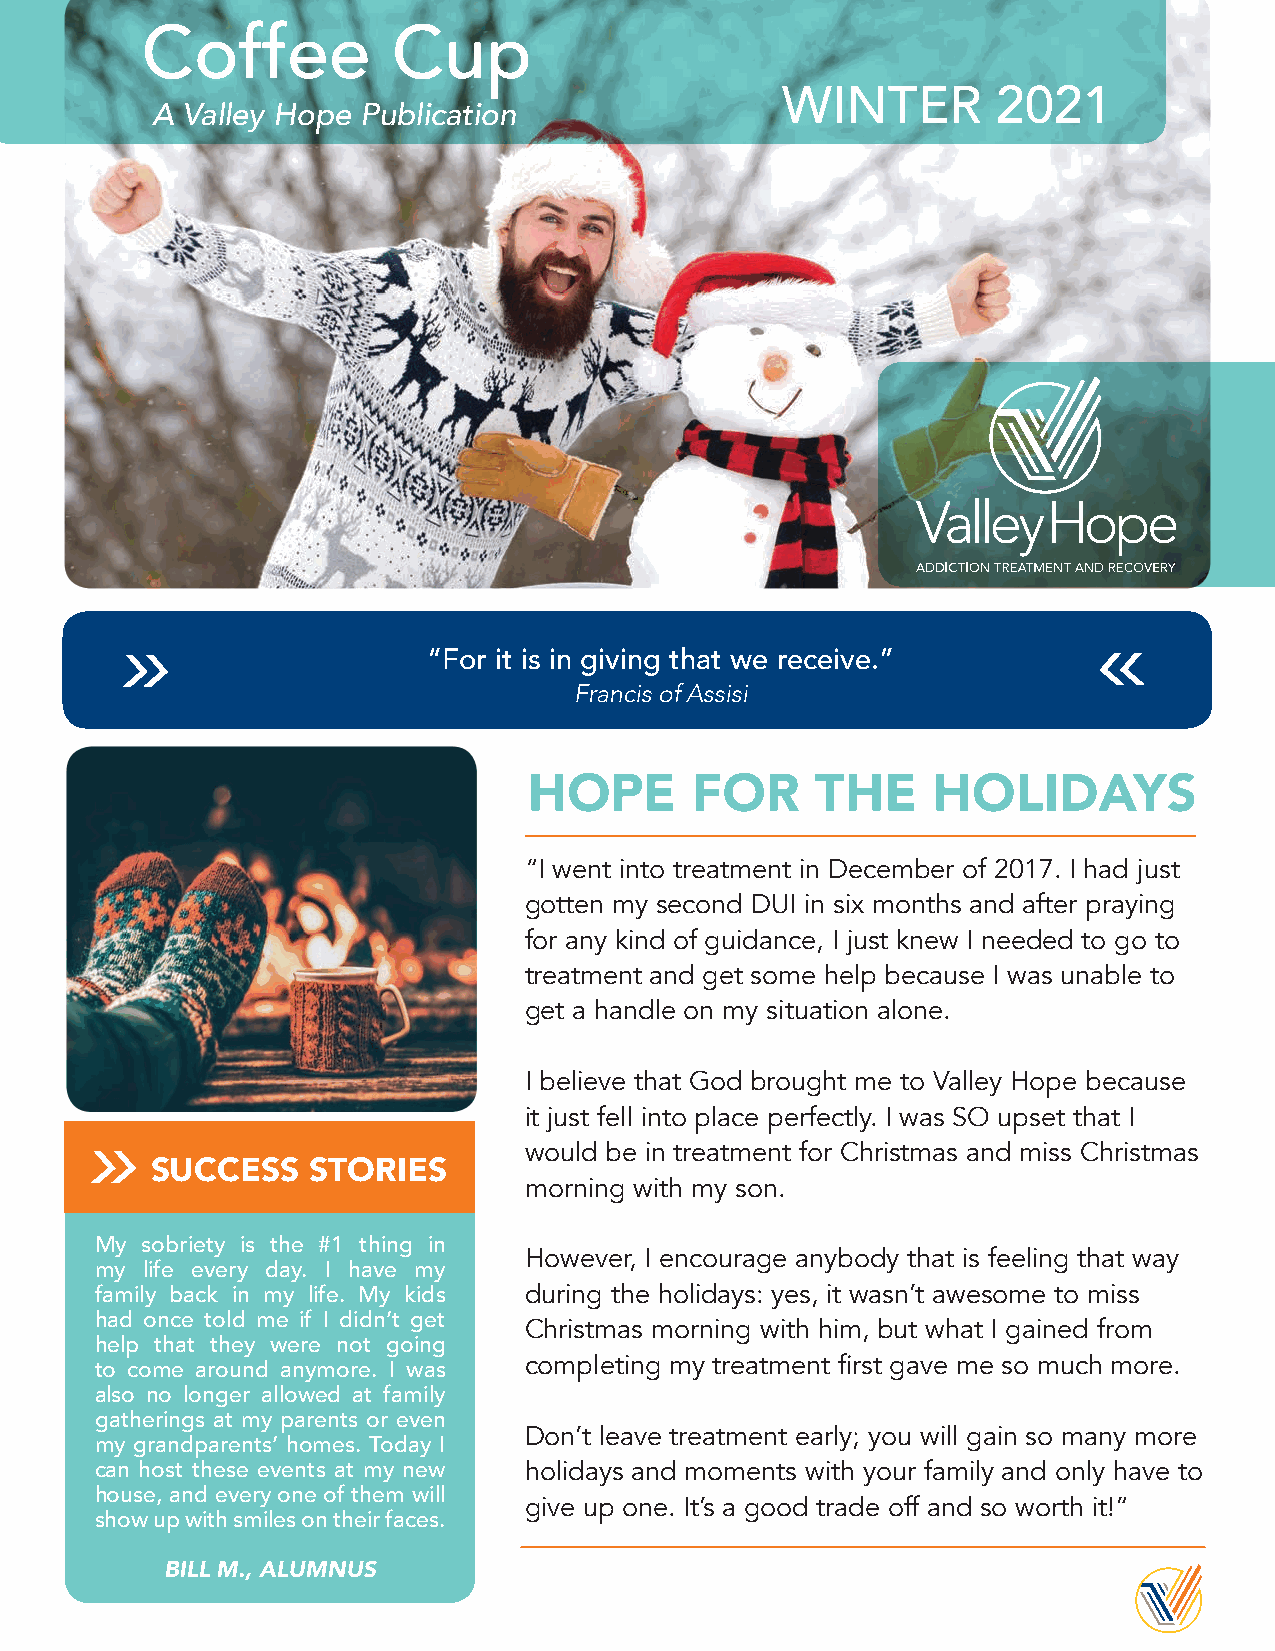
Coffee           Cup
 WINTER        2021
 A Valley Hope Publication
 “For it is in giving that we receive.”
 Francis of Assisi
 HOPE       FOR     THE     HOLIDAYS
 “I went into treatment in December of 2017. I had just
 gotten my second DUI in six months and after praying
 for any kind of guidance, I just knew I needed to go to
 treatment and get some help because I was unable to
 get a handle on my situation alone.
 I believe that God brought me to Valley Hope because
 it just fell into place perfectly. I was SO upset that I
 would be in treatment for Christmas and miss Christmas
 SUCCESS   STORIES
 morning with my son.
 My sobriety is the #1 thing in
 However, I encourage anybody that is feeling that way
 my life every day. I have my
 family back in my life. My kids during the holidays: yes, it wasn’t awesome to miss
 had once told me if I didn’t get Christmas morning with him, but what I gained from
 help that they were not going
 completing my treatment first gave me so much more.
 to come around anymore. I was
 also no longer allowed at family
 gatherings at my parents or even
 Don’t leave treatment early; you will gain so many more
 my grandparents’ homes. Today I
 can host these events at my new holidays and moments with your family and only have to
 house, and every one of them will
 give up one. It’s a good trade off and so worth it!”
 show up with smiles on their faces.
 BILL M., ALUMNUS
 ADDICTION TREATMENT AND RECOVERY